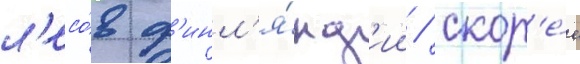
л'есо́в ф'инл'я́нд'ии / скор'е́е